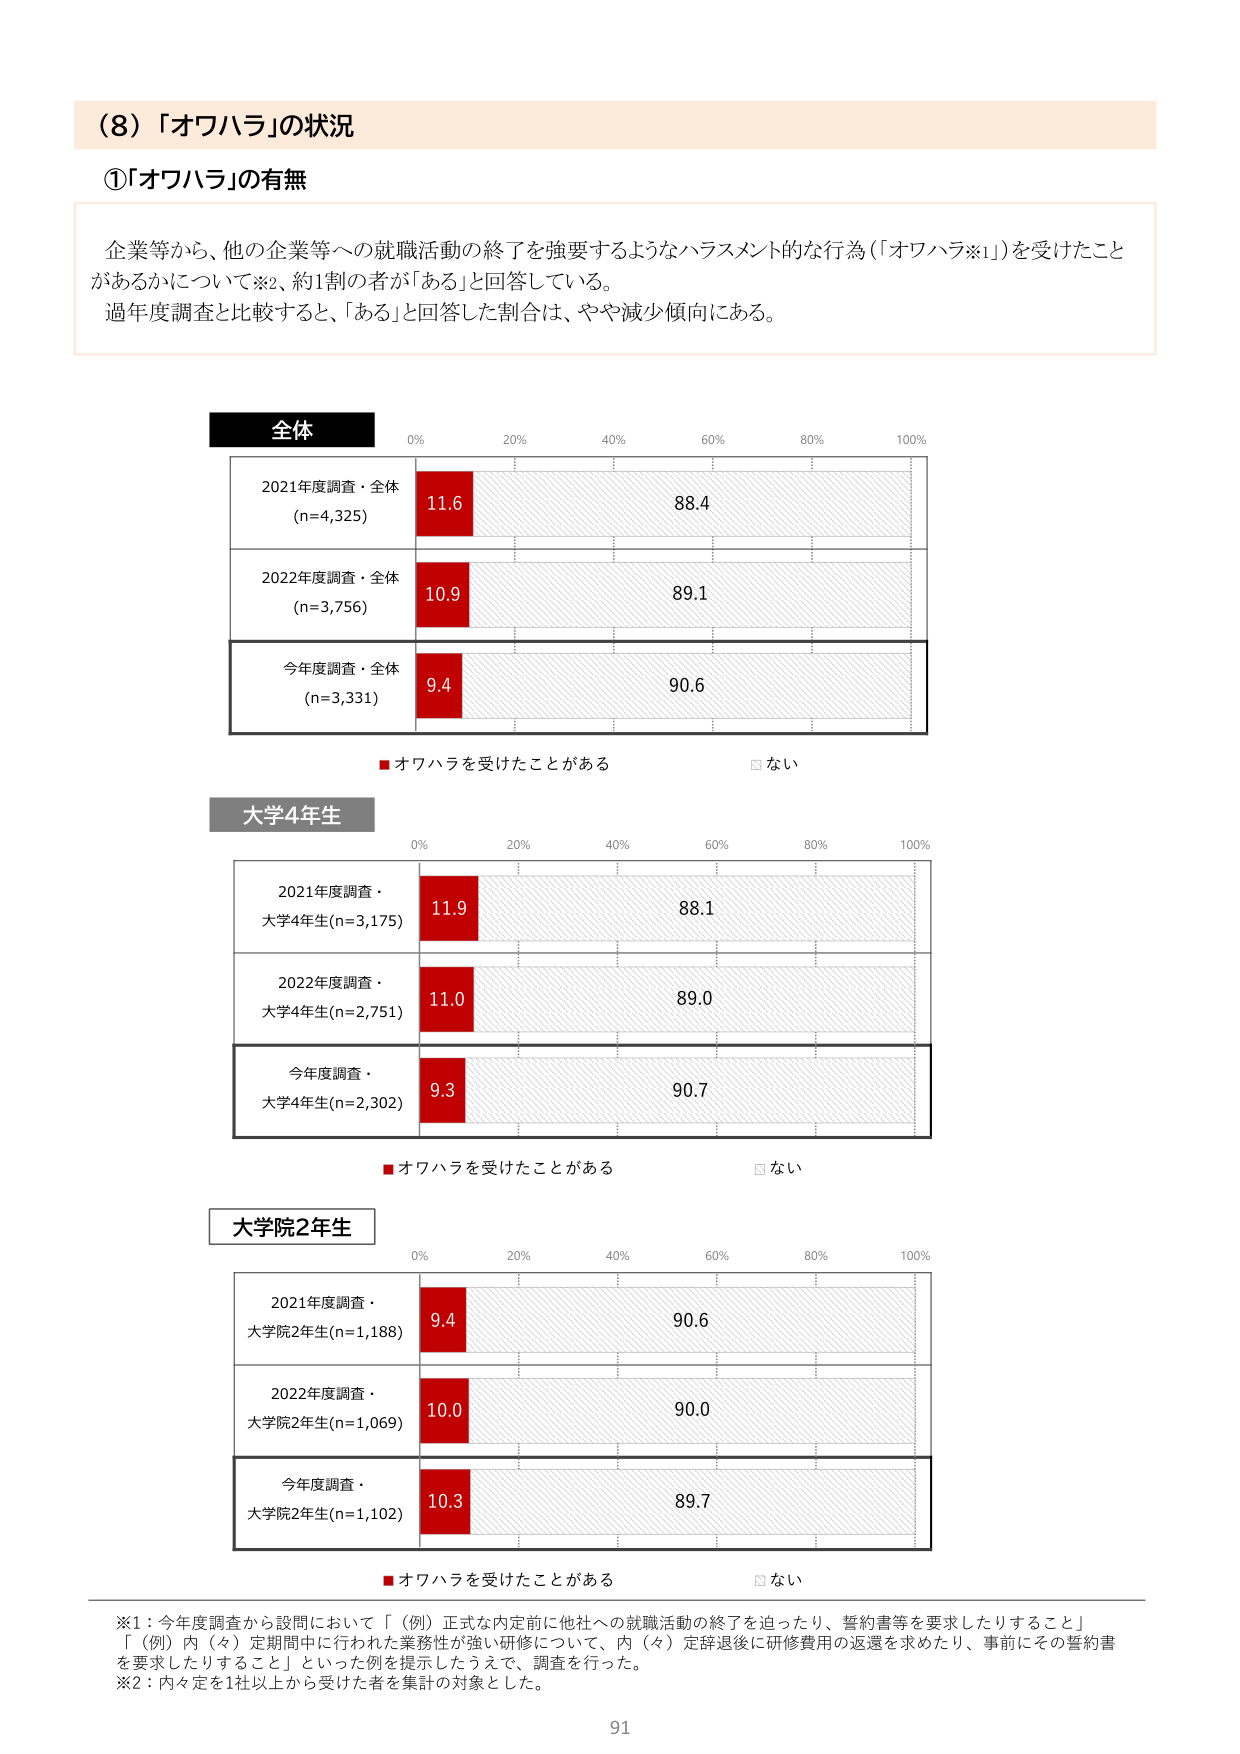
（8）「オワハラ」の状況

①「オワハラ」の有無

企業等から、他の企業等への就職活動の終了を強要するようなハラスメント的な行為（「オワハラ※1」）を受けたことがあるかについて※2、約1割の者が「ある」と回答している。
過年度調査と比較すると、「ある」と回答した割合は、やや減少傾向にある。

全体
0% 20% 40% 60% 80% 100%
2021年度調査・全体 (n=4,325) 11.6 88.4
2022年度調査・全体 (n=3,756) 10.9 89.1
今年度調査・全体 (n=3,331) 9.4 90.6

■ オワハラを受けたことがある □ ない

大学4年生
0% 20% 40% 60% 80% 100%
2021年度調査・大学4年生(n=3,175) 11.9 88.1
2022年度調査・大学4年生(n=2,751) 11.0 89.0
今年度調査・大学4年生(n=2,302) 9.3 90.7

■ オワハラを受けたことがある □ ない

大学院2年生
0% 20% 40% 60% 80% 100%
2021年度調査・大学院2年生(n=1,188) 9.4 90.6
2022年度調査・大学院2年生(n=1,069) 10.0 90.0
今年度調査・大学院2年生(n=1,102) 10.3 89.7

■ オワハラを受けたことがある □ ない

※1：今年度調査から設問において「（例）正式な内定前に他社への就職活動の終了を迫ったり、誓約書等を要求したりすること」「（例）内（々）定期間中に行われた業務性が強い研修について、内（々）定辞退後に研修費用の返還を求めたり、事前にその誓約書を要求したりすること」といった例を提示したうえで、調査を行った。
※2：内々定を1社以上から受けた者を集計の対象とした。

91